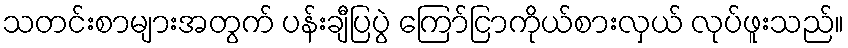
သတင်းစာများအတွက် ပန်းချီပြပွဲ ကြော်ငြာကိုယ်စားလှယ် လုပ်ဖူးသည်။